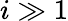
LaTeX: i\gg 1